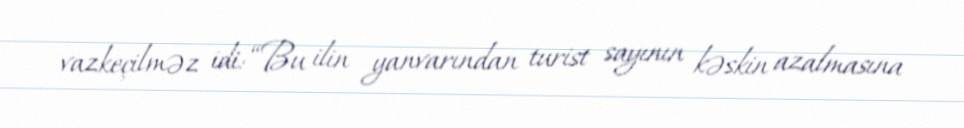
vazkeçilməz idi: “Bu ilin yanvarından turist sayının kəskin azalmasına